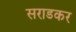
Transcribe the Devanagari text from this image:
सराडकर